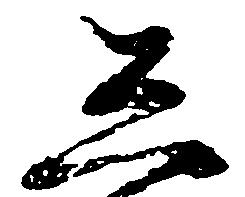
し